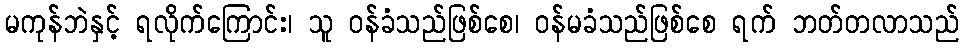
မကုန်ဘဲနှင့် ရလိုက်ကြောင်း၊ သူ ဝန်ခံသည်ဖြစ်စေ၊ ဝန်မခံသည်ဖြစ်စေ ရက် ဘတ်တလာသည်